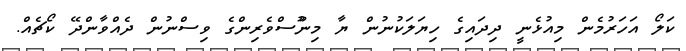
ކަލޯ އަހަރުމެން މިއުޅެނީ ދިދައިގެ ހިޔަލަކުނުން ޔާ މިނުޫސްވެރިންގެ ވިސްނުން ދެއްވާންދޭ ކޯޗެއް.